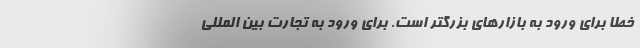
خطا برای ورود به بازارهای بزرگتر است. برای ورود به تجارت بین المللی